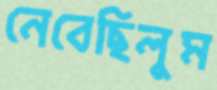
নেবেছিলুম